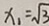
x _ { 1 } = \sqrt { 3 }